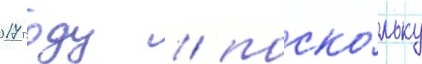
2017 году / поско́льку